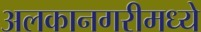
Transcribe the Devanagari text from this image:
अलकानगरीमध्ये